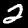
Digit: 2